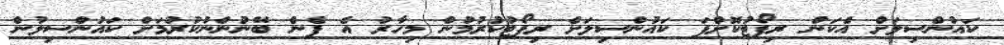
ކައުންސިލަށް އެކަން ރިޕޯޓުކޮށްފަ ކައުންސިލަށް ރިޕޯޓުކުރުމުން މިހާރު އެ ފެން ބޭނުންނުކުރުމަށް ކައުންސިލުން